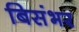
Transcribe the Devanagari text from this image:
बिसंभर